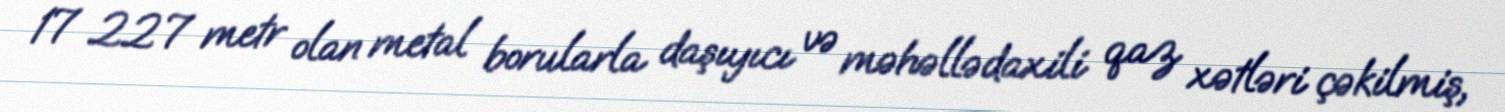
17 227 metr olan metal borularla daşıyıcı və məhəllədaxili qaz xətləri çəkilmiş,